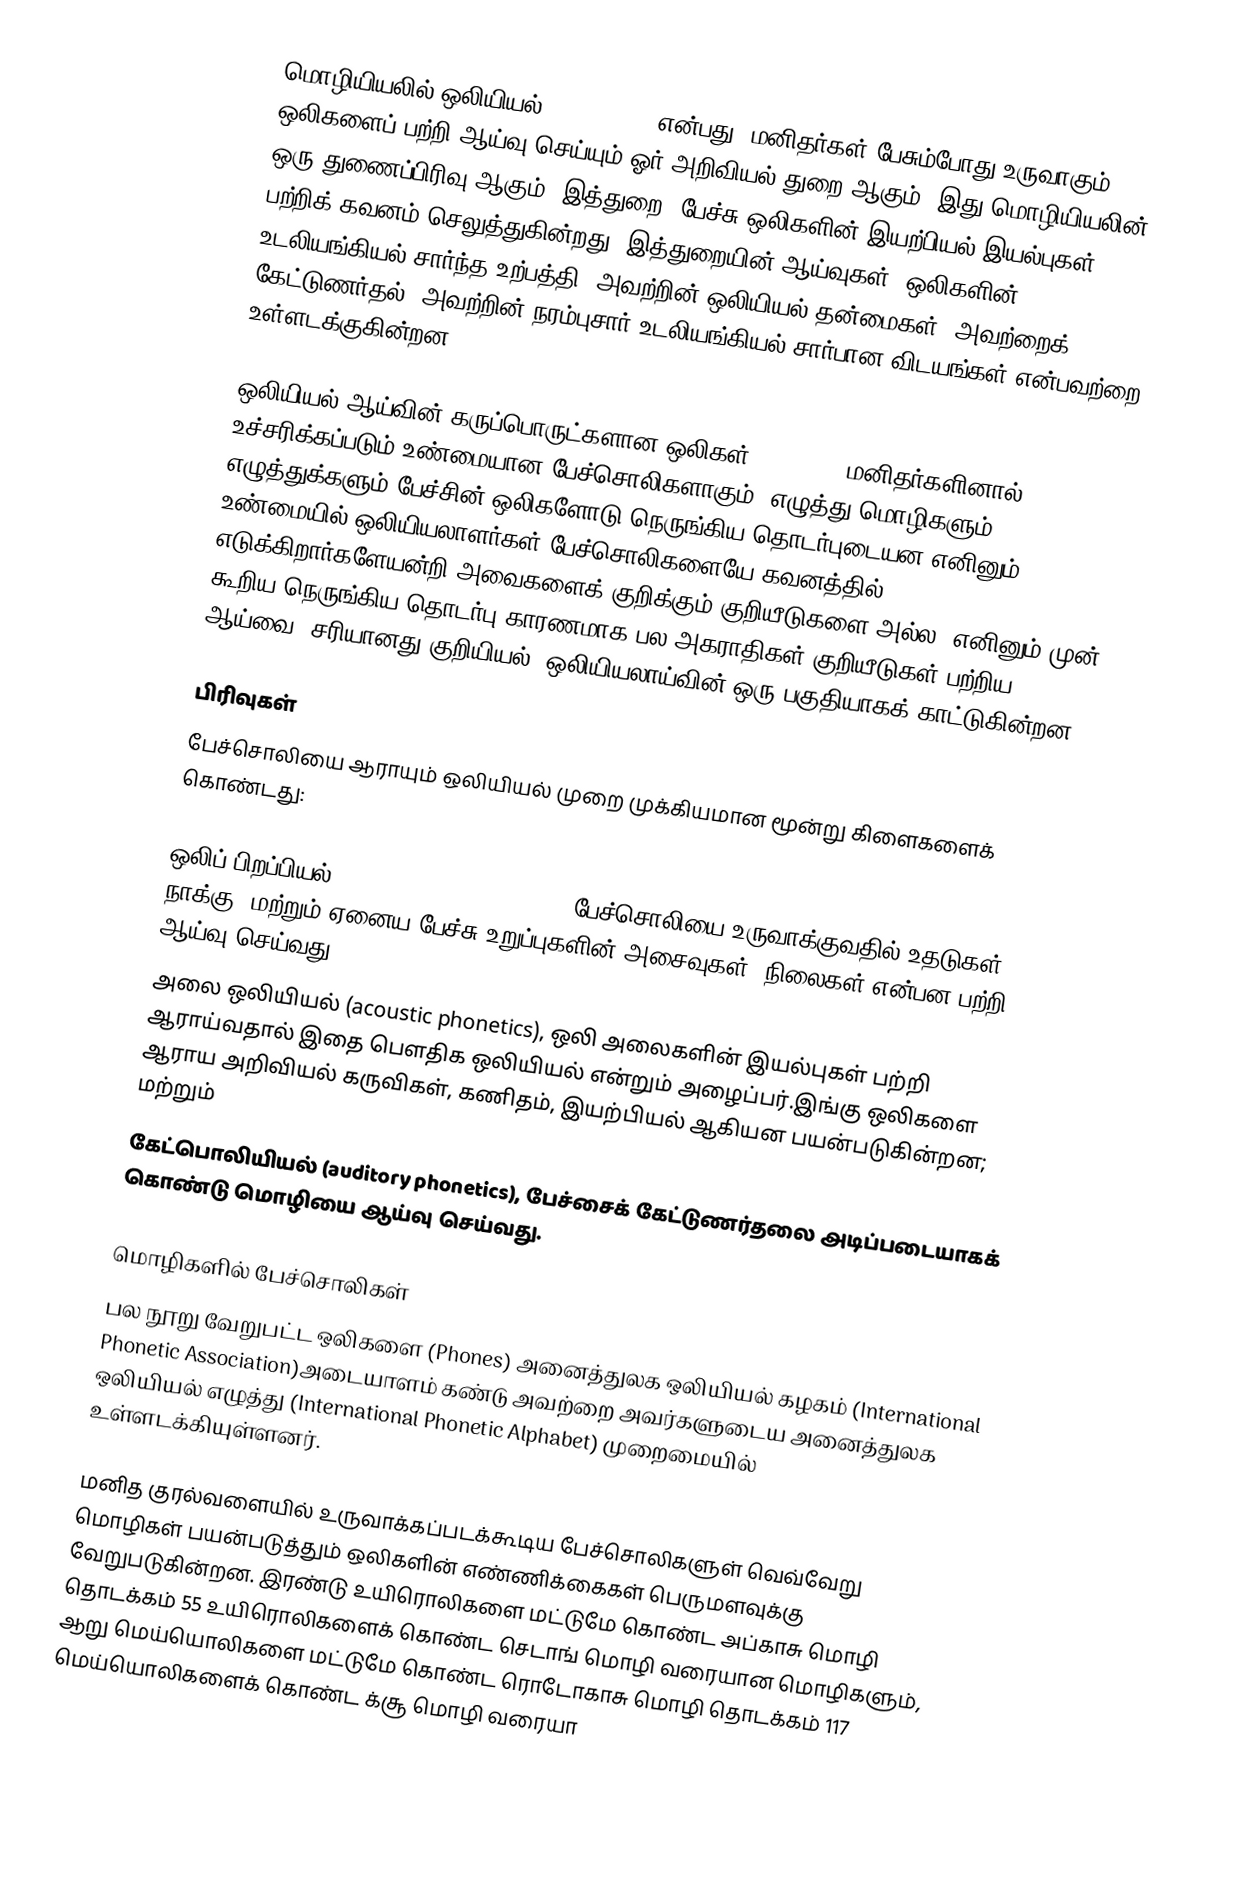
மொழியியலில் ஒலியியல் (Phonetics) என்பது, மனிதர்கள் பேசும்போது உருவாகும் ஒலிகளைப் பற்றி ஆய்வு செய்யும் ஓர் அறிவியல் துறை ஆகும். இது மொழியியலின் ஒரு துணைப்பிரிவு ஆகும். இத்துறை, பேச்சு ஒலிகளின் இயற்பியல் இயல்புகள் பற்றிக் கவனம் செலுத்துகின்றது. இத்துறையின் ஆய்வுகள், ஒலிகளின் உடலியங்கியல் சார்ந்த உற்பத்தி, அவற்றின் ஒலியியல் தன்மைகள், அவற்றைக் கேட்டுணர்தல், அவற்றின் நரம்புசார் உடலியங்கியல் சார்பான விடயங்கள் என்பவற்றை உள்ளடக்குகின்றன.

ஒலியியல் ஆய்வின் கருப்பொருட்களான ஒலிகள் (Phones), மனிதர்களினால் உச்சரிக்கப்படும் உண்மையான பேச்சொலிகளாகும். எழுத்து மொழிகளும் எழுத்துக்களும் பேச்சின் ஒலிகளோடு நெருங்கிய தொடர்புடையன எனினும், உண்மையில் ஒலியியலாளர்கள் பேச்சொலிகளையே கவனத்தில் எடுக்கிறார்களேயன்றி அவைகளைக் குறிக்கும் குறியீடுகளை அல்ல. எனினும் முன் கூறிய நெருங்கிய தொடர்பு காரணமாக பல அகராதிகள் குறியீடுகள் பற்றிய ஆய்வை (சரியானது குறியியல்) ஒலியியலாய்வின் ஒரு பகுதியாகக் காட்டுகின்றன.

பிரிவுகள்
பேச்சொலியை ஆராயும் ஒலியியல் முறை முக்கியமான மூன்று கிளைகளைக் கொண்டது:

 ஒலிப் பிறப்பியல் (articulatory phonetics), பேச்சொலியை உருவாக்குவதில் உதடுகள், நாக்கு, மற்றும் ஏனைய பேச்சு உறுப்புகளின் அசைவுகள், நிலைகள் என்பன பற்றி ஆய்வு செய்வது;
 அலை ஒலியியல் (acoustic phonetics), ஒலி அலைகளின் இயல்புகள் பற்றி ஆராய்வதால் இதை பெளதிக ஒலியியல் என்றும் அழைப்பர்.இங்கு ஒலிகளை ஆராய அறிவியல் கருவிகள், கணிதம், இயற்பியல் ஆகியன பயன்படுகின்றன; மற்றும்
 கேட்பொலியியல் (auditory phonetics), பேச்சைக் கேட்டுணர்தலை அடிப்படையாகக் கொண்டு மொழியை ஆய்வு செய்வது.

மொழிகளில் பேச்சொலிகள்
பல நூறு வேறுபட்ட ஒலிகளை (Phones) அனைத்துலக ஒலியியல் கழகம் (International Phonetic Association)அடையாளம் கண்டு அவற்றை அவர்களுடைய அனைத்துலக ஒலியியல் எழுத்து (International Phonetic Alphabet) முறைமையில் உள்ளடக்கியுள்ளனர்.

மனித குரல்வளையில் உருவாக்கப்படக்கூடிய பேச்சொலிகளுள் வெவ்வேறு மொழிகள் பயன்படுத்தும் ஒலிகளின் எண்ணிக்கைகள் பெருமளவுக்கு வேறுபடுகின்றன. இரண்டு உயிரொலிகளை மட்டுமே கொண்ட அப்காசு மொழி தொடக்கம் 55 உயிரொலிகளைக் கொண்ட செடாங் மொழி வரையான மொழிகளும், ஆறு மெய்யொலிகளை மட்டுமே கொண்ட ரொடோகாசு மொழி தொடக்கம் 117 மெய்யொலிகளைக் கொண்ட க்சூ மொழி வரையா